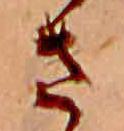
さ